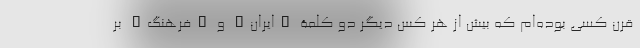
قرن کسی بوده‌ام که بیش از هر کس دیگر دو کلمۀ "ایران" و "فرهنگ" بر